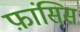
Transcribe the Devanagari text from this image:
फ़ांसिस